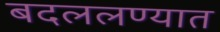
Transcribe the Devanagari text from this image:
बदललण्यात